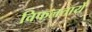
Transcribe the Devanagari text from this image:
विफलतायें